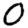
Digit: 0